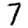
Digit: 7